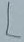
Text: L